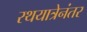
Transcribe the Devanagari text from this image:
रथयात्रेनंतर